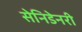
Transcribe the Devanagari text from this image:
सेनिडेनरी